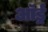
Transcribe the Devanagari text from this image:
ऑर्ड्र